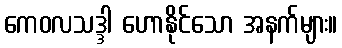
ကေဝလသဒ္ဒါ ဟောနိုင်သော အနက်များ။